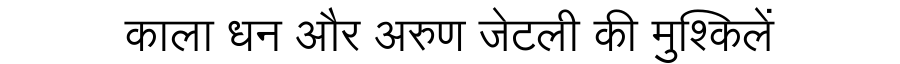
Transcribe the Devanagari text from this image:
काला धन और अरुण जेटली की मुश्किलें